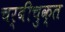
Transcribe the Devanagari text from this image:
चर्बीचुक्त